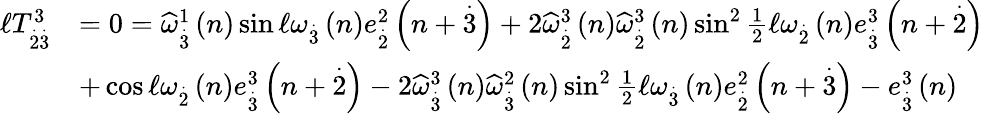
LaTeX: \begin{array}{rl}{\mathcal{\ell}T_{\overset{.}{2}\overset{.}{3}}^{3}}&{=0=\widehat{\omega}_{\overset{.}{3}}^{1}\left(n\right)\sin\mathcal{\ell}\omega_{\overset{.}{3}}\left(n\right)e_{\overset{.}{2}}^{2}\left(n+\overset{.}{3}\right)+2\widehat{\omega}_{\overset{.}{2}}^{3}\left(n\right)\widehat{\omega}_{\overset{.}{2}}^{3}\left(n\right)\sin^{2}\frac{1}{2}\mathcal{\ell}\omega_{\overset{.}{2}}\left(n\right)e_{\overset{.}{3}}^{3}\left(n+\overset{.}{2}\right)}\\ &{+\cos\mathcal{\ell}\omega_{\overset{.}{2}}\left(n\right)e_{\overset{.}{3}}^{3}\left(n+\overset{.}{2}\right)-2\widehat{\omega}_{\overset{.}{3}}^{3}\left(n\right)\widehat{\omega}_{\overset{.}{3}}^{2}\left(n\right)\sin^{2}\frac{1}{2}\mathcal{\ell}\omega_{\overset{.}{3}}\left(n\right)e_{\overset{.}{2}}^{2}\left(n+\overset{.}{3}\right)-e_{\overset{.}{3}}^{3}\left(n\right)}\end{array}